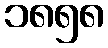
၁၈၅၈